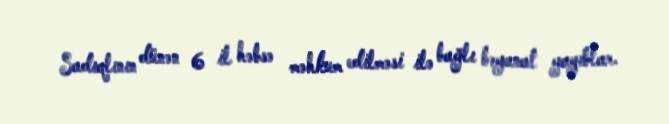
Sadıqlının dünən 6 il həbsə məhkum edilməsi ilə bağlı bəyanat yayıblar.